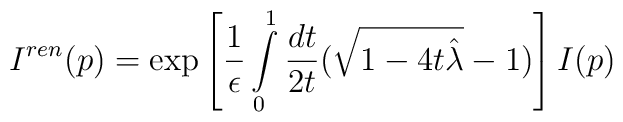
I^{ren}(p)=\exp\left[{1\over\epsilon}\int\limits_0^1{dt\over 2t}(\sqrt{1-4t{\hat \lambda}}-1)\right]I(p)